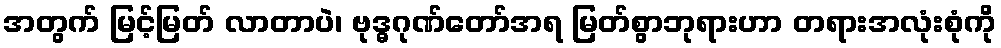
အတွက် မြင့်မြတ် လာတာပဲ၊ ဗုဒ္ဓဂုဏ်တော်အရ မြတ်စွာဘုရားဟာ တရားအလုံးစုံကို